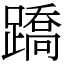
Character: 蹻